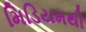
મિડિયમથી